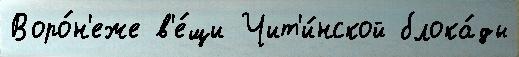
Воро́н'еже в'е́щи Чит'и́нской блока́ды